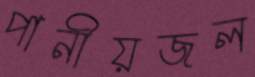
পানীয়জল